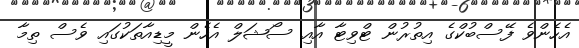
އެހެންވެ ފޭސްބުކްގެ އިތުރުން ޓްވިޓާ އާއި ސޯޝަލް އެހެން މީޑިއާތަކުގައި ވެސް ތިމާ